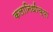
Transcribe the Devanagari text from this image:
कलानिधीच्या